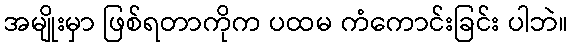
အမျိုးမှာ ဖြစ်ရတာကိုက ပထမ ကံကောင်းခြင်း ပါဘဲ။